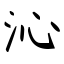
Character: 沁